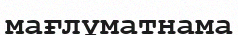
мағлұматнама